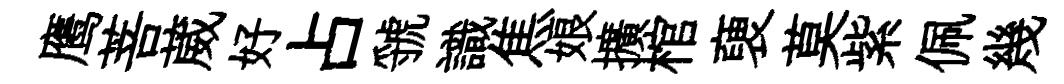
鹰菩葳好占虢識焦娘擴棺褏莫紫佩幾